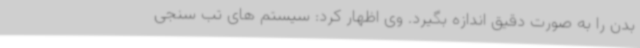
بدن را به صورت دقیق اندازه بگیرد. وی اظهار کرد: سیستم های تب سنجی